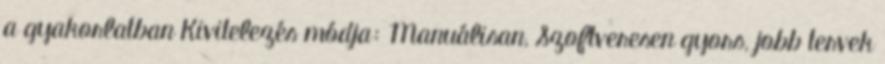
a gyakorlatban Kivitelezés módja: Manuálisan, Szoftveresen gyors, jobb tervek